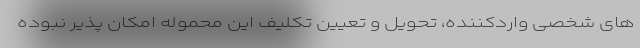
های شخصی واردکننده، تحویل و تعیین تکلیف این محموله امکان پذیر نبوده